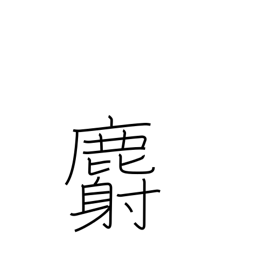
Meaning: musk deer